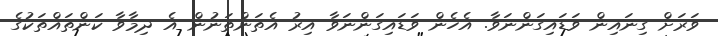
ވަރަށް ގިނައިން ވަޑައިގަންނަވާ. އެހެން ވަޑައިގަންނަވާ އިރު އެތަންތަނުން އެ ދިމާވާ ކަންތައްތަކުގެ